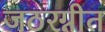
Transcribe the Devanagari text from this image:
जठरग्नीत